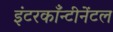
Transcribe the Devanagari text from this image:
इंटरकाँन्टीनेंटल